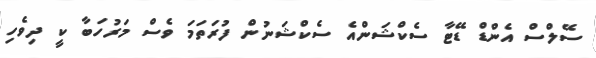
ސޭލްސް އެންޑް ޑޭޓާ ސެކްޝަންއެ ސެކްޝަނުން ފުރަތަމަ ވެސް މަރުހަބާ ކީ ދިވެހި